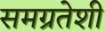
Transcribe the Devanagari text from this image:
समग्रतेशी